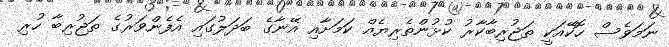
ނަމަވެސް ހޮކޭއަކީ ތަޖުރިބާކާރު ކުޅުންތެރިޔެއް ކަމަށާއި އޭނާގެ ބަދަލުގައި އެފެންވަރުގެ ތަޖުރިބާ ހުރި